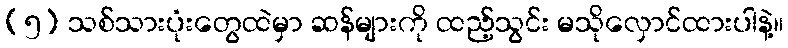
(၅) သစ်သားပုံးတွေထဲမှာ ဆန်များကို ထည့်သွင်း မသိုလှောင်ထားပါနဲ့။